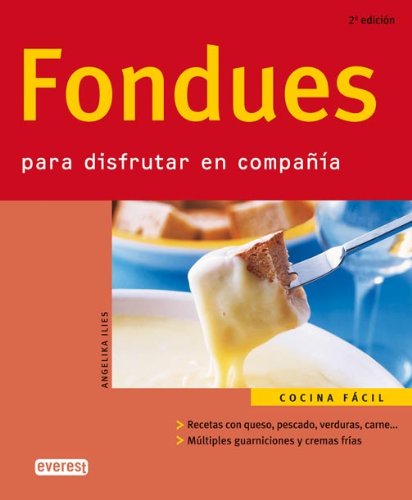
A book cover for Fondues: Para Disfrutar en Compania (Spanish Edition); Angelika Ilies; Cookbooks, Food & Wine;